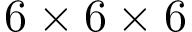
6 \times 6 \times 6